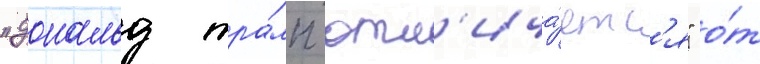
"дональд тра́мп отл'ича́етс'я" о́т